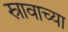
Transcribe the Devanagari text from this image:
स्रावाच्या